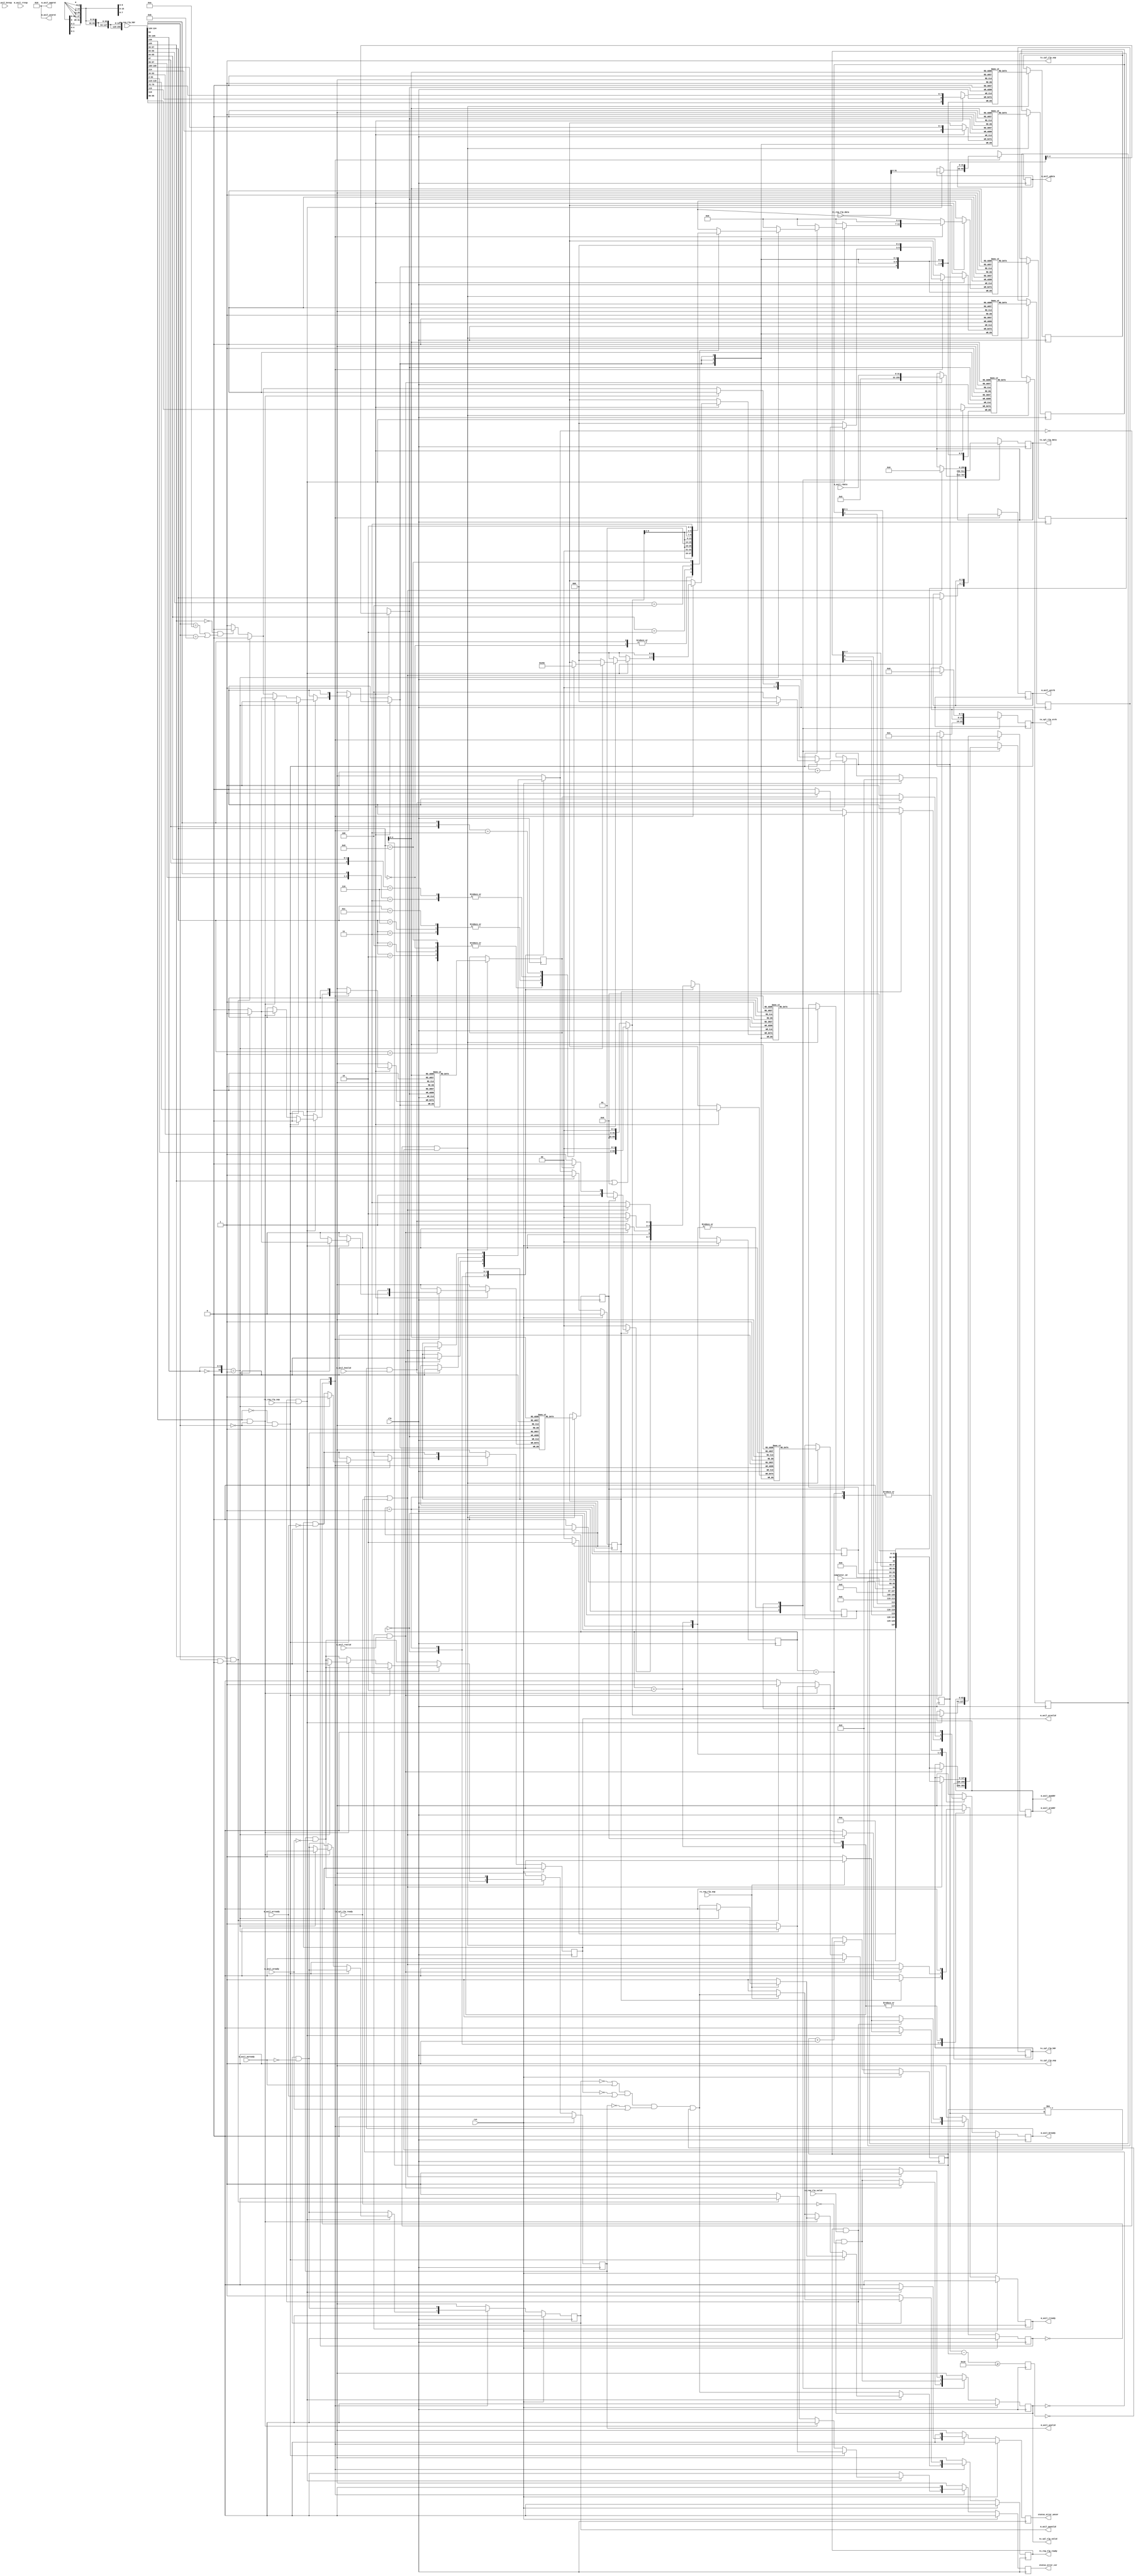


`resetall
`timescale 1ns / 1ps
`default_nettype none

/*
 * PCIe AXI Lite Master (minimal version, supports only aligned, 1 DW operations)
 */
module pcie_axil_master_minimal #
(
    // TLP data width
    parameter TLP_DATA_WIDTH = 256,
    // TLP strobe width
    parameter TLP_STRB_WIDTH = TLP_DATA_WIDTH/32,
    // TLP header width
    parameter TLP_HDR_WIDTH = 128,
    // TLP segment count
    parameter TLP_SEG_COUNT = 1,
    // Width of AXI lite data bus in bits
    parameter AXIL_DATA_WIDTH = 32,
    // Width of AXI lite address bus in bits
    parameter AXIL_ADDR_WIDTH = 64,
    // Width of AXI lite wstrb (width of data bus in words)
    parameter AXIL_STRB_WIDTH = (AXIL_DATA_WIDTH/8),
    // Force 64 bit address
    parameter TLP_FORCE_64_BIT_ADDR = 0
)
(
    input  wire                                    clk,
    input  wire                                    rst,

    /*
     * TLP input (request)
     */
    input  wire [TLP_DATA_WIDTH-1:0]               rx_req_tlp_data,
    input  wire [TLP_SEG_COUNT*TLP_HDR_WIDTH-1:0]  rx_req_tlp_hdr,
    input  wire [TLP_SEG_COUNT-1:0]                rx_req_tlp_valid,
    input  wire [TLP_SEG_COUNT-1:0]                rx_req_tlp_sop,
    input  wire [TLP_SEG_COUNT-1:0]                rx_req_tlp_eop,
    output wire                                    rx_req_tlp_ready,

    /*
     * TLP output (completion)
     */
    output wire [TLP_DATA_WIDTH-1:0]               tx_cpl_tlp_data,
    output wire [TLP_STRB_WIDTH-1:0]               tx_cpl_tlp_strb,
    output wire [TLP_SEG_COUNT*TLP_HDR_WIDTH-1:0]  tx_cpl_tlp_hdr,
    output wire [TLP_SEG_COUNT-1:0]                tx_cpl_tlp_valid,
    output wire [TLP_SEG_COUNT-1:0]                tx_cpl_tlp_sop,
    output wire [TLP_SEG_COUNT-1:0]                tx_cpl_tlp_eop,
    input  wire                                    tx_cpl_tlp_ready,

    /*
     * AXI Lite Master output
     */
    output wire [AXIL_ADDR_WIDTH-1:0]              m_axil_awaddr,
    output wire [2:0]                              m_axil_awprot,
    output wire                                    m_axil_awvalid,
    input  wire                                    m_axil_awready,
    output wire [AXIL_DATA_WIDTH-1:0]              m_axil_wdata,
    output wire [AXIL_STRB_WIDTH-1:0]              m_axil_wstrb,
    output wire                                    m_axil_wvalid,
    input  wire                                    m_axil_wready,
    input  wire [1:0]                              m_axil_bresp,
    input  wire                                    m_axil_bvalid,
    output wire                                    m_axil_bready,
    output wire [AXIL_ADDR_WIDTH-1:0]              m_axil_araddr,
    output wire [2:0]                              m_axil_arprot,
    output wire                                    m_axil_arvalid,
    input  wire                                    m_axil_arready,
    input  wire [AXIL_DATA_WIDTH-1:0]              m_axil_rdata,
    input  wire [1:0]                              m_axil_rresp,
    input  wire                                    m_axil_rvalid,
    output wire                                    m_axil_rready,

    /*
     * Configuration
     */
    input  wire [15:0]                             completer_id,

    /*
     * Status
     */
    output wire                                    status_error_cor,
    output wire                                    status_error_uncor
);

parameter TLP_DATA_WIDTH_BYTES = TLP_DATA_WIDTH/8;
parameter TLP_DATA_WIDTH_DWORDS = TLP_DATA_WIDTH/32;

parameter RESP_FIFO_ADDR_WIDTH = 5;

// bus width assertions
initial begin
    if (TLP_SEG_COUNT != 1) begin
        $error("Error: TLP segment count must be 1 (instance %m)");
        $finish;
    end

    if (TLP_HDR_WIDTH != 128) begin
        $error("Error: TLP segment header width must be 128 (instance %m)");
        $finish;
    end

    if (TLP_STRB_WIDTH*32 != TLP_DATA_WIDTH) begin
        $error("Error: PCIe interface requires dword (32-bit) granularity (instance %m)");
        $finish;
    end

    if (AXIL_DATA_WIDTH != 32) begin
        $error("Error: AXI lite interface width must be 32 (instance %m)");
        $finish;
    end

    if (AXIL_STRB_WIDTH * 8 != AXIL_DATA_WIDTH) begin
        $error("Error: AXI lite interface requires byte (8-bit) granularity (instance %m)");
        $finish;
    end
end

localparam [2:0]
    TLP_FMT_3DW = 3'b000,
    TLP_FMT_4DW = 3'b001,
    TLP_FMT_3DW_DATA = 3'b010,
    TLP_FMT_4DW_DATA = 3'b011,
    TLP_FMT_PREFIX = 3'b100;

localparam [2:0]
    CPL_STATUS_SC  = 3'b000, // successful completion
    CPL_STATUS_UR  = 3'b001, // unsupported request
    CPL_STATUS_CRS = 3'b010, // configuration request retry status
    CPL_STATUS_CA  = 3'b100; // completer abort

localparam [0:0]
    REQ_STATE_IDLE = 1'd0,
    REQ_STATE_WAIT_END = 1'd1;

reg [0:0] req_state_reg = REQ_STATE_IDLE, req_state_next;

localparam [1:0]
    RESP_STATE_IDLE = 2'd0,
    RESP_STATE_READ = 2'd1,
    RESP_STATE_WRITE = 2'd2,
    RESP_STATE_CPL = 2'd3;

reg [1:0] resp_state_reg = RESP_STATE_IDLE, resp_state_next;

reg [2:0] rx_req_tlp_hdr_fmt;
reg [4:0] rx_req_tlp_hdr_type;
reg [2:0] rx_req_tlp_hdr_tc;
reg rx_req_tlp_hdr_ln;
reg rx_req_tlp_hdr_th;
reg rx_req_tlp_hdr_td;
reg rx_req_tlp_hdr_ep;
reg [2:0] rx_req_tlp_hdr_attr;
reg [1:0] rx_req_tlp_hdr_at;
reg [10:0] rx_req_tlp_hdr_length;
reg [15:0] rx_req_tlp_hdr_requester_id;
reg [9:0] rx_req_tlp_hdr_tag;
reg [7:0] rx_req_tlp_hdr_last_be;
reg [7:0] rx_req_tlp_hdr_first_be;
reg [63:0] rx_req_tlp_hdr_addr;
reg [1:0] rx_req_tlp_hdr_ph;

reg [127:0] cpl_tlp_hdr;

reg [RESP_FIFO_ADDR_WIDTH+1-1:0] resp_fifo_wr_ptr_reg = 0;
reg [RESP_FIFO_ADDR_WIDTH+1-1:0] resp_fifo_rd_ptr_reg = 0, resp_fifo_rd_ptr_next;

(* ram_style = "distributed", ramstyle = "no_rw_check, mlab" *)
reg resp_fifo_op_read[(2**RESP_FIFO_ADDR_WIDTH)-1:0];
(* ram_style = "distributed", ramstyle = "no_rw_check, mlab" *)
reg resp_fifo_op_write[(2**RESP_FIFO_ADDR_WIDTH)-1:0];
(* ram_style = "distributed", ramstyle = "no_rw_check, mlab" *)
reg [2:0] resp_fifo_cpl_status[(2**RESP_FIFO_ADDR_WIDTH)-1:0];
(* ram_style = "distributed", ramstyle = "no_rw_check, mlab" *)
reg [2:0] resp_fifo_byte_count[(2**RESP_FIFO_ADDR_WIDTH)-1:0];
(* ram_style = "distributed", ramstyle = "no_rw_check, mlab" *)
reg [6:0] resp_fifo_lower_addr[(2**RESP_FIFO_ADDR_WIDTH)-1:0];
(* ram_style = "distributed", ramstyle = "no_rw_check, mlab" *)
reg [15:0] resp_fifo_requester_id[(2**RESP_FIFO_ADDR_WIDTH)-1:0];
(* ram_style = "distributed", ramstyle = "no_rw_check, mlab" *)
reg [9:0] resp_fifo_tag[(2**RESP_FIFO_ADDR_WIDTH)-1:0];
(* ram_style = "distributed", ramstyle = "no_rw_check, mlab" *)
reg [2:0] resp_fifo_tc[(2**RESP_FIFO_ADDR_WIDTH)-1:0];
(* ram_style = "distributed", ramstyle = "no_rw_check, mlab" *)
reg [2:0] resp_fifo_attr[(2**RESP_FIFO_ADDR_WIDTH)-1:0];

reg resp_fifo_wr_op_read;
reg resp_fifo_wr_op_write;
reg [2:0] resp_fifo_wr_cpl_status;
reg [2:0] resp_fifo_wr_byte_count;
reg [6:0] resp_fifo_wr_lower_addr;
reg [15:0] resp_fifo_wr_requester_id;
reg [9:0] resp_fifo_wr_tag;
reg [2:0] resp_fifo_wr_tc;
reg [2:0] resp_fifo_wr_attr;
reg resp_fifo_we;
reg resp_fifo_half_full_reg = 1'b0;

reg resp_fifo_rd_op_read_reg = 1'b0, resp_fifo_rd_op_read_next;
reg resp_fifo_rd_op_write_reg = 1'b0, resp_fifo_rd_op_write_next;
reg [2:0] resp_fifo_rd_cpl_status_reg = CPL_STATUS_SC, resp_fifo_rd_cpl_status_next;
reg [2:0] resp_fifo_rd_byte_count_reg = 3'd0, resp_fifo_rd_byte_count_next;
reg [6:0] resp_fifo_rd_lower_addr_reg = 7'd0, resp_fifo_rd_lower_addr_next;
reg [15:0] resp_fifo_rd_requester_id_reg = 16'd0, resp_fifo_rd_requester_id_next;
reg [9:0] resp_fifo_rd_tag_reg = 10'd0, resp_fifo_rd_tag_next;
reg [2:0] resp_fifo_rd_tc_reg = 3'd0, resp_fifo_rd_tc_next;
reg [2:0] resp_fifo_rd_attr_reg = 3'd0, resp_fifo_rd_attr_next;
reg resp_fifo_rd_valid_reg = 1'b0, resp_fifo_rd_valid_next;

reg rx_req_tlp_ready_reg = 1'b0, rx_req_tlp_ready_next;

reg [TLP_DATA_WIDTH-1:0] tx_cpl_tlp_data_reg = 0, tx_cpl_tlp_data_next;
reg [TLP_STRB_WIDTH-1:0] tx_cpl_tlp_strb_reg = 0, tx_cpl_tlp_strb_next;
reg [TLP_SEG_COUNT*TLP_HDR_WIDTH-1:0] tx_cpl_tlp_hdr_reg = 0, tx_cpl_tlp_hdr_next;
reg [TLP_SEG_COUNT-1:0] tx_cpl_tlp_valid_reg = 0, tx_cpl_tlp_valid_next;

reg [AXIL_ADDR_WIDTH-1:0] m_axil_addr_reg = {AXIL_ADDR_WIDTH{1'b0}}, m_axil_addr_next;
reg m_axil_awvalid_reg = 1'b0, m_axil_awvalid_next;
reg [AXIL_DATA_WIDTH-1:0] m_axil_wdata_reg = {AXIL_DATA_WIDTH{1'b0}}, m_axil_wdata_next;
reg [AXIL_STRB_WIDTH-1:0] m_axil_wstrb_reg = {AXIL_STRB_WIDTH{1'b0}}, m_axil_wstrb_next;
reg m_axil_wvalid_reg = 1'b0, m_axil_wvalid_next;
reg m_axil_bready_reg = 1'b0, m_axil_bready_next;
reg m_axil_arvalid_reg = 1'b0, m_axil_arvalid_next;
reg m_axil_rready_reg = 1'b0, m_axil_rready_next;

reg status_error_cor_reg = 1'b0, status_error_cor_next;
reg status_error_uncor_reg = 1'b0, status_error_uncor_next;

assign rx_req_tlp_ready = rx_req_tlp_ready_reg;

assign tx_cpl_tlp_data = tx_cpl_tlp_data_reg;
assign tx_cpl_tlp_strb = tx_cpl_tlp_strb_reg;
assign tx_cpl_tlp_hdr = tx_cpl_tlp_hdr_reg;
assign tx_cpl_tlp_valid = tx_cpl_tlp_valid_reg;
assign tx_cpl_tlp_sop = 1'b1;
assign tx_cpl_tlp_eop = 1'b1;

assign m_axil_awaddr = m_axil_addr_reg;
assign m_axil_awprot = 3'b010;
assign m_axil_awvalid = m_axil_awvalid_reg;
assign m_axil_wdata = m_axil_wdata_reg;
assign m_axil_wstrb = m_axil_wstrb_reg;
assign m_axil_wvalid = m_axil_wvalid_reg;
assign m_axil_bready = m_axil_bready_reg;
assign m_axil_araddr = m_axil_addr_reg;
assign m_axil_arprot = 3'b010;
assign m_axil_arvalid = m_axil_arvalid_reg;
assign m_axil_rready = m_axil_rready_reg;

assign status_error_cor = status_error_cor_reg;
assign status_error_uncor = status_error_uncor_reg;

always @* begin
    req_state_next = REQ_STATE_IDLE;

    rx_req_tlp_ready_next = 1'b0;

    m_axil_addr_next = m_axil_addr_reg;
    m_axil_awvalid_next = m_axil_awvalid_reg && !m_axil_awready;
    m_axil_wdata_next = m_axil_wdata_reg;
    m_axil_wstrb_next = m_axil_wstrb_reg;
    m_axil_wvalid_next = m_axil_wvalid_reg && !m_axil_wready;
    m_axil_arvalid_next = m_axil_arvalid_reg && !m_axil_arready;

    status_error_cor_next = 1'b0;
    status_error_uncor_next = 1'b0;

    // TLP header parsing
    // DW 0
    rx_req_tlp_hdr_fmt = rx_req_tlp_hdr[127:125]; // fmt
    rx_req_tlp_hdr_type = rx_req_tlp_hdr[124:120]; // type
    rx_req_tlp_hdr_tag[9] = rx_req_tlp_hdr[119]; // T9
    rx_req_tlp_hdr_tc = rx_req_tlp_hdr[118:116]; // TC
    rx_req_tlp_hdr_tag[8] = rx_req_tlp_hdr[115]; // T8
    rx_req_tlp_hdr_attr[2] = rx_req_tlp_hdr[114]; // attr
    rx_req_tlp_hdr_ln = rx_req_tlp_hdr[113]; // LN
    rx_req_tlp_hdr_th = rx_req_tlp_hdr[112]; // TH
    rx_req_tlp_hdr_td = rx_req_tlp_hdr[111]; // TD
    rx_req_tlp_hdr_ep = rx_req_tlp_hdr[110]; // EP
    rx_req_tlp_hdr_attr[1:0] = rx_req_tlp_hdr[109:108]; // attr
    rx_req_tlp_hdr_at = rx_req_tlp_hdr[107:106]; // AT
    rx_req_tlp_hdr_length = {rx_req_tlp_hdr[105:96] == 0, rx_req_tlp_hdr[105:96]}; // length
    // DW 1
    rx_req_tlp_hdr_requester_id = rx_req_tlp_hdr[95:80]; // requester ID
    rx_req_tlp_hdr_tag[7:0] = rx_req_tlp_hdr[79:72]; // tag
    rx_req_tlp_hdr_last_be = rx_req_tlp_hdr[71:68]; // last BE
    rx_req_tlp_hdr_first_be = rx_req_tlp_hdr[67:64]; // first BE
    if (rx_req_tlp_hdr_fmt[0] || TLP_FORCE_64_BIT_ADDR) begin
        // 4 DW (64-bit address)
        // DW 2+3
        rx_req_tlp_hdr_addr = {rx_req_tlp_hdr[63:2], 2'b00}; // addr
        rx_req_tlp_hdr_ph = rx_req_tlp_hdr[1:0]; // PH
    end else begin
        // 3 DW (32-bit address)
        // DW 2
        rx_req_tlp_hdr_addr = {rx_req_tlp_hdr[63:34], 2'b00}; // addr
        rx_req_tlp_hdr_ph = rx_req_tlp_hdr[33:32]; // PH
    end

    resp_fifo_wr_op_read = 1'b0;
    resp_fifo_wr_op_write = 1'b0;
    resp_fifo_wr_cpl_status = CPL_STATUS_SC;
    resp_fifo_wr_byte_count = 3'd0;
    resp_fifo_wr_lower_addr = 7'd0;
    resp_fifo_wr_requester_id = rx_req_tlp_hdr_requester_id;
    resp_fifo_wr_tag = rx_req_tlp_hdr_tag;
    resp_fifo_wr_tc = rx_req_tlp_hdr_tc;
    resp_fifo_wr_attr = rx_req_tlp_hdr_attr;
    resp_fifo_we = 1'b0;

    case (req_state_reg)
        REQ_STATE_IDLE: begin
            // idle state; wait for request

            rx_req_tlp_ready_next = (!m_axil_awvalid_reg || m_axil_awready)
                && (!m_axil_arvalid_reg || m_axil_arready)
                && (!m_axil_wvalid_reg || m_axil_wready)
                && !resp_fifo_half_full_reg;

            if (rx_req_tlp_ready && rx_req_tlp_valid && rx_req_tlp_sop) begin
                m_axil_addr_next = rx_req_tlp_hdr_addr;
                m_axil_wdata_next = rx_req_tlp_data[31:0];
                m_axil_wstrb_next = rx_req_tlp_hdr_first_be;

                if (!rx_req_tlp_hdr_fmt[1] && rx_req_tlp_hdr_type == 5'b00000) begin
                    // read request
                    if (rx_req_tlp_hdr_length == 11'd1) begin
                        // length OK

                        // perform read
                        m_axil_arvalid_next = 1'b1;

                        // finish read and return completion
                        resp_fifo_wr_op_read = 1'b1;
                        resp_fifo_wr_op_write = 1'b0;
                        resp_fifo_wr_cpl_status = CPL_STATUS_SC;

                        casez (rx_req_tlp_hdr_first_be)
                            4'b0000: resp_fifo_wr_byte_count = 3'd1;
                            4'b0001: resp_fifo_wr_byte_count = 3'd1;
                            4'b0010: resp_fifo_wr_byte_count = 3'd1;
                            4'b0100: resp_fifo_wr_byte_count = 3'd1;
                            4'b1000: resp_fifo_wr_byte_count = 3'd1;
                            4'b0011: resp_fifo_wr_byte_count = 3'd2;
                            4'b0110: resp_fifo_wr_byte_count = 3'd2;
                            4'b1100: resp_fifo_wr_byte_count = 3'd2;
                            4'b01z1: resp_fifo_wr_byte_count = 3'd3;
                            4'b1z10: resp_fifo_wr_byte_count = 3'd3;
                            4'b1zz1: resp_fifo_wr_byte_count = 3'd4;
                        endcase

                        casez (rx_req_tlp_hdr_first_be)
                            4'b0000: resp_fifo_wr_lower_addr = {rx_req_tlp_hdr_addr[6:2], 2'b00};
                            4'bzzz1: resp_fifo_wr_lower_addr = {rx_req_tlp_hdr_addr[6:2], 2'b00};
                            4'bzz10: resp_fifo_wr_lower_addr = {rx_req_tlp_hdr_addr[6:2], 2'b01};
                            4'bz100: resp_fifo_wr_lower_addr = {rx_req_tlp_hdr_addr[6:2], 2'b10};
                            4'b1000: resp_fifo_wr_lower_addr = {rx_req_tlp_hdr_addr[6:2], 2'b11};
                        endcase

                        rx_req_tlp_ready_next = 1'b0;
                    end else begin
                        // bad length
                        // report correctable error
                        status_error_cor_next = 1'b1;

                        // return CA completion
                        resp_fifo_wr_op_read = 1'b0;
                        resp_fifo_wr_op_write = 1'b0;
                        resp_fifo_wr_cpl_status = CPL_STATUS_CA;
                        resp_fifo_wr_byte_count = 3'd0;
                        resp_fifo_wr_lower_addr = 7'd0;
                    end

                    resp_fifo_wr_requester_id = rx_req_tlp_hdr_requester_id;
                    resp_fifo_wr_tag = rx_req_tlp_hdr_tag;
                    resp_fifo_wr_tc = rx_req_tlp_hdr_tc;
                    resp_fifo_wr_attr = rx_req_tlp_hdr_attr;
                    resp_fifo_we = 1'b1;

                    if (rx_req_tlp_eop) begin
                        req_state_next = REQ_STATE_IDLE;
                    end else begin
                        rx_req_tlp_ready_next = 1'b1;
                        req_state_next = REQ_STATE_WAIT_END;
                    end
                end else if (rx_req_tlp_hdr_fmt[1] && rx_req_tlp_hdr_type == 5'b00000) begin
                    // write request
                    if (rx_req_tlp_hdr_length == 11'd1) begin
                        // length OK

                        // perform write
                        m_axil_awvalid_next = 1'b1;
                        m_axil_wvalid_next = 1'b1;

                        // entry in FIFO for proper response ordering
                        resp_fifo_wr_op_read = 1'b0;
                        resp_fifo_wr_op_write = 1'b1;
                        resp_fifo_we = 1'b1;

                        rx_req_tlp_ready_next = 1'b0;
                    end else begin
                        // bad length
                        // report uncorrectable error
                        status_error_uncor_next = 1'b1;
                    end

                    if (rx_req_tlp_eop) begin
                        req_state_next = REQ_STATE_IDLE;
                    end else begin
                        rx_req_tlp_ready_next = 1'b1;
                        req_state_next = REQ_STATE_WAIT_END;
                    end
                end else begin
                    // other request
                    if (rx_req_tlp_hdr_fmt[0] && rx_req_tlp_hdr_type & 5'b11000 == 5'b10000) begin
                        // message - posted, no completion
                        // report uncorrectable error
                        status_error_uncor_next = 1'b1;
                    end else if (!rx_req_tlp_hdr_fmt[0] && (rx_req_tlp_hdr_type == 5'b01010 || rx_req_tlp_hdr_type == 5'b01011)) begin
                        // completion TLP
                        // unexpected completion, advisory non-fatal error
                        // report correctable error
                        status_error_cor_next = 1'b1;
                    end else begin
                        // other non-posted request, send UR completion
                        // report correctable error
                        status_error_cor_next = 1'b1;

                        // UR completion
                        resp_fifo_wr_op_read = 1'b0;
                        resp_fifo_wr_op_write = 1'b0;
                        resp_fifo_wr_cpl_status = CPL_STATUS_UR;
                        resp_fifo_wr_byte_count = 3'd0;
                        resp_fifo_wr_lower_addr = 7'd0;
                        resp_fifo_wr_requester_id = rx_req_tlp_hdr_requester_id;
                        resp_fifo_wr_tag = rx_req_tlp_hdr_tag;
                        resp_fifo_wr_tc = rx_req_tlp_hdr_tc;
                        resp_fifo_wr_attr = rx_req_tlp_hdr_attr;
                        resp_fifo_we = 1'b1;
                    end

                    if (rx_req_tlp_eop) begin
                        req_state_next = REQ_STATE_IDLE;
                    end else begin
                        rx_req_tlp_ready_next = 1'b1;
                        req_state_next = REQ_STATE_WAIT_END;
                    end
                end
            end else begin
                req_state_next = REQ_STATE_IDLE;
            end
        end
        REQ_STATE_WAIT_END: begin
            // wait end state, wait for end of TLP
            rx_req_tlp_ready_next = 1'b1;

            if (rx_req_tlp_ready && rx_req_tlp_valid) begin
                if (rx_req_tlp_eop) begin

                    rx_req_tlp_ready_next = (!m_axil_awvalid_reg || m_axil_awready)
                        && (!m_axil_arvalid_reg || m_axil_arready)
                        && (!m_axil_wvalid_reg || m_axil_wready)
                        && !resp_fifo_half_full_reg;

                    req_state_next = REQ_STATE_IDLE;
                end else begin
                    req_state_next = REQ_STATE_WAIT_END;
                end
            end else begin
                req_state_next = REQ_STATE_WAIT_END;
            end
        end
    endcase
end

always @* begin
    resp_state_next = RESP_STATE_IDLE;

    resp_fifo_rd_ptr_next = resp_fifo_rd_ptr_reg;

    resp_fifo_rd_op_read_next = resp_fifo_rd_op_read_reg;
    resp_fifo_rd_op_write_next = resp_fifo_rd_op_write_reg;
    resp_fifo_rd_cpl_status_next = resp_fifo_rd_cpl_status_reg;
    resp_fifo_rd_byte_count_next = resp_fifo_rd_byte_count_reg;
    resp_fifo_rd_lower_addr_next = resp_fifo_rd_lower_addr_reg;
    resp_fifo_rd_requester_id_next = resp_fifo_rd_requester_id_reg;
    resp_fifo_rd_tag_next = resp_fifo_rd_tag_reg;
    resp_fifo_rd_tc_next = resp_fifo_rd_tc_reg;
    resp_fifo_rd_attr_next = resp_fifo_rd_attr_reg;
    resp_fifo_rd_valid_next = resp_fifo_rd_valid_reg;

    tx_cpl_tlp_data_next = tx_cpl_tlp_data_reg;
    tx_cpl_tlp_strb_next = tx_cpl_tlp_strb_reg;
    tx_cpl_tlp_hdr_next = tx_cpl_tlp_hdr_reg;
    tx_cpl_tlp_valid_next = tx_cpl_tlp_valid_reg && !tx_cpl_tlp_ready;

    m_axil_bready_next = 1'b0;
    m_axil_rready_next = 1'b0;

    // TLP header
    // DW 0
    cpl_tlp_hdr[127:125] = resp_fifo_rd_op_read_reg ? TLP_FMT_3DW_DATA : TLP_FMT_3DW; // fmt
    cpl_tlp_hdr[124:120] = 5'b01010; // type
    cpl_tlp_hdr[119] = resp_fifo_rd_tag_reg[9]; // T9
    cpl_tlp_hdr[118:116] = resp_fifo_rd_tc_reg; // TC
    cpl_tlp_hdr[115] = resp_fifo_rd_tag_reg[8]; // T8
    cpl_tlp_hdr[114] = resp_fifo_rd_attr_reg[2]; // attr
    cpl_tlp_hdr[113] = 1'b0; // LN
    cpl_tlp_hdr[112] = 1'b0; // TH
    cpl_tlp_hdr[111] = 1'b0; // TD
    cpl_tlp_hdr[110] = 1'b0; // EP
    cpl_tlp_hdr[109:108] = resp_fifo_rd_attr_reg[1:0]; // attr
    cpl_tlp_hdr[107:106] = 2'b00; // AT
    cpl_tlp_hdr[105:96] = resp_fifo_rd_op_read_reg ? 1 : 0; // length
    // DW 1
    cpl_tlp_hdr[95:80] = completer_id; // completer ID
    cpl_tlp_hdr[79:77] = resp_fifo_rd_cpl_status_reg; // completion status
    cpl_tlp_hdr[76] = 1'b0; // BCM
    cpl_tlp_hdr[75:64] = resp_fifo_rd_byte_count_reg; // byte count
    // DW 2
    cpl_tlp_hdr[63:48] = resp_fifo_rd_requester_id_reg; // requester ID
    cpl_tlp_hdr[47:40] = resp_fifo_rd_tag_reg[7:0]; // tag
    cpl_tlp_hdr[39] = 1'b0;
    cpl_tlp_hdr[38:32] = resp_fifo_rd_lower_addr_reg; // lower address
    cpl_tlp_hdr[31:0] = 32'd0;

    case (resp_state_reg)
        RESP_STATE_IDLE: begin
            // idle state - wait for operation

            if (resp_fifo_rd_valid_reg) begin
                if (resp_fifo_rd_op_read_reg) begin
                    m_axil_rready_next = !tx_cpl_tlp_valid_reg || tx_cpl_tlp_ready;
                    resp_state_next = RESP_STATE_READ;
                end else if (resp_fifo_rd_op_write_reg) begin
                    m_axil_bready_next = 1'b1;
                    resp_state_next = RESP_STATE_WRITE;
                end else begin
                    resp_state_next = RESP_STATE_CPL;
                end
            end else begin
                resp_state_next = RESP_STATE_IDLE;
            end
        end
        RESP_STATE_READ: begin
            // read state - wait for read data and generate completion
            m_axil_rready_next = !tx_cpl_tlp_valid_reg || tx_cpl_tlp_ready;

            if (m_axil_rready && m_axil_rvalid) begin
                m_axil_rready_next = 1'b0;
                tx_cpl_tlp_hdr_next = cpl_tlp_hdr;
                tx_cpl_tlp_data_next = m_axil_rdata;
                tx_cpl_tlp_strb_next = 1;
                tx_cpl_tlp_valid_next = 1'b1;

                resp_fifo_rd_valid_next = 1'b0;
                resp_state_next = RESP_STATE_IDLE;
            end else begin
                resp_state_next = RESP_STATE_READ;
            end
        end
        RESP_STATE_WRITE: begin
            // write state - wait for write response
            m_axil_bready_next = 1'b1;

            if (m_axil_bready && m_axil_bvalid) begin
                m_axil_bready_next = 1'b0;

                resp_fifo_rd_valid_next = 1'b0;
                resp_state_next = RESP_STATE_IDLE;
            end else begin
                resp_state_next = RESP_STATE_WRITE;
            end
        end
        RESP_STATE_CPL: begin
            // completion state - generate completion

            if (!tx_cpl_tlp_valid_reg || tx_cpl_tlp_ready) begin
                tx_cpl_tlp_hdr_next = cpl_tlp_hdr;
                tx_cpl_tlp_data_next = 0;
                tx_cpl_tlp_strb_next = 0;
                tx_cpl_tlp_valid_next = 1'b1;

                resp_fifo_rd_valid_next = 1'b0;
                resp_state_next = RESP_STATE_IDLE;
            end else begin
                resp_state_next = RESP_STATE_CPL;
            end
        end
    endcase

    if (!resp_fifo_rd_valid_next && resp_fifo_rd_ptr_reg != resp_fifo_wr_ptr_reg) begin
        resp_fifo_rd_op_read_next = resp_fifo_op_read[resp_fifo_rd_ptr_reg[RESP_FIFO_ADDR_WIDTH-1:0]];
        resp_fifo_rd_op_write_next = resp_fifo_op_write[resp_fifo_rd_ptr_reg[RESP_FIFO_ADDR_WIDTH-1:0]];
        resp_fifo_rd_cpl_status_next = resp_fifo_cpl_status[resp_fifo_rd_ptr_reg[RESP_FIFO_ADDR_WIDTH-1:0]];
        resp_fifo_rd_byte_count_next = resp_fifo_byte_count[resp_fifo_rd_ptr_reg[RESP_FIFO_ADDR_WIDTH-1:0]];
        resp_fifo_rd_lower_addr_next = resp_fifo_lower_addr[resp_fifo_rd_ptr_reg[RESP_FIFO_ADDR_WIDTH-1:0]];
        resp_fifo_rd_requester_id_next = resp_fifo_requester_id[resp_fifo_rd_ptr_reg[RESP_FIFO_ADDR_WIDTH-1:0]];
        resp_fifo_rd_tag_next = resp_fifo_tag[resp_fifo_rd_ptr_reg[RESP_FIFO_ADDR_WIDTH-1:0]];
        resp_fifo_rd_tc_next = resp_fifo_tc[resp_fifo_rd_ptr_reg[RESP_FIFO_ADDR_WIDTH-1:0]];
        resp_fifo_rd_attr_next = resp_fifo_attr[resp_fifo_rd_ptr_reg[RESP_FIFO_ADDR_WIDTH-1:0]];
        resp_fifo_rd_ptr_next = resp_fifo_rd_ptr_reg + 1;
        resp_fifo_rd_valid_next = 1'b1;
    end
end

always @(posedge clk) begin
    req_state_reg <= req_state_next;
    resp_state_reg <= resp_state_next;

    rx_req_tlp_ready_reg <= rx_req_tlp_ready_next;

    tx_cpl_tlp_data_reg <= tx_cpl_tlp_data_next;
    tx_cpl_tlp_strb_reg <= tx_cpl_tlp_strb_next;
    tx_cpl_tlp_hdr_reg <= tx_cpl_tlp_hdr_next;
    tx_cpl_tlp_valid_reg <= tx_cpl_tlp_valid_next;

    m_axil_addr_reg <= m_axil_addr_next;
    m_axil_awvalid_reg <= m_axil_awvalid_next;
    m_axil_wdata_reg <= m_axil_wdata_next;
    m_axil_wstrb_reg <= m_axil_wstrb_next;
    m_axil_wvalid_reg <= m_axil_wvalid_next;
    m_axil_bready_reg <= m_axil_bready_next;
    m_axil_arvalid_reg <= m_axil_arvalid_next;
    m_axil_rready_reg <= m_axil_rready_next;

    status_error_cor_reg <= status_error_cor_next;
    status_error_uncor_reg <= status_error_uncor_next;

    if (resp_fifo_we) begin
        resp_fifo_op_read[resp_fifo_wr_ptr_reg[RESP_FIFO_ADDR_WIDTH-1:0]] <= resp_fifo_wr_op_read;
        resp_fifo_op_write[resp_fifo_wr_ptr_reg[RESP_FIFO_ADDR_WIDTH-1:0]] <= resp_fifo_wr_op_write;
        resp_fifo_cpl_status[resp_fifo_wr_ptr_reg[RESP_FIFO_ADDR_WIDTH-1:0]] <= resp_fifo_wr_cpl_status;
        resp_fifo_byte_count[resp_fifo_wr_ptr_reg[RESP_FIFO_ADDR_WIDTH-1:0]] <= resp_fifo_wr_byte_count;
        resp_fifo_lower_addr[resp_fifo_wr_ptr_reg[RESP_FIFO_ADDR_WIDTH-1:0]] <= resp_fifo_wr_lower_addr;
        resp_fifo_requester_id[resp_fifo_wr_ptr_reg[RESP_FIFO_ADDR_WIDTH-1:0]] <= resp_fifo_wr_requester_id;
        resp_fifo_tag[resp_fifo_wr_ptr_reg[RESP_FIFO_ADDR_WIDTH-1:0]] <= resp_fifo_wr_tag;
        resp_fifo_tc[resp_fifo_wr_ptr_reg[RESP_FIFO_ADDR_WIDTH-1:0]] <= resp_fifo_wr_tc;
        resp_fifo_attr[resp_fifo_wr_ptr_reg[RESP_FIFO_ADDR_WIDTH-1:0]] <= resp_fifo_wr_attr;
        resp_fifo_wr_ptr_reg <= resp_fifo_wr_ptr_reg + 1;
    end
    resp_fifo_rd_ptr_reg <= resp_fifo_rd_ptr_next;

    resp_fifo_rd_op_read_reg <= resp_fifo_rd_op_read_next;
    resp_fifo_rd_op_write_reg <= resp_fifo_rd_op_write_next;
    resp_fifo_rd_cpl_status_reg <= resp_fifo_rd_cpl_status_next;
    resp_fifo_rd_byte_count_reg <= resp_fifo_rd_byte_count_next;
    resp_fifo_rd_lower_addr_reg <= resp_fifo_rd_lower_addr_next;
    resp_fifo_rd_requester_id_reg <= resp_fifo_rd_requester_id_next;
    resp_fifo_rd_tag_reg <= resp_fifo_rd_tag_next;
    resp_fifo_rd_tc_reg <= resp_fifo_rd_tc_next;
    resp_fifo_rd_attr_reg <= resp_fifo_rd_attr_next;
    resp_fifo_rd_valid_reg <= resp_fifo_rd_valid_next;

    resp_fifo_half_full_reg <= $unsigned(resp_fifo_wr_ptr_reg - resp_fifo_rd_ptr_reg) >= 2**(RESP_FIFO_ADDR_WIDTH-1);

    if (rst) begin
        req_state_reg <= REQ_STATE_IDLE;
        resp_state_reg <= RESP_STATE_IDLE;

        rx_req_tlp_ready_reg <= 1'b0;

        tx_cpl_tlp_valid_reg <= 1'b0;

        m_axil_awvalid_reg <= 1'b0;
        m_axil_wvalid_reg <= 1'b0;
        m_axil_bready_reg <= 1'b0;
        m_axil_arvalid_reg <= 1'b0;
        m_axil_rready_reg <= 1'b0;

        status_error_cor_reg <= 1'b0;
        status_error_uncor_reg <= 1'b0;

        resp_fifo_wr_ptr_reg <= 0;
        resp_fifo_rd_ptr_reg <= 0;
        resp_fifo_rd_valid_reg <= 1'b0;
    end
end

endmodule

`resetall